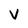
Character: V